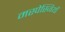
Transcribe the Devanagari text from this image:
मस्पेस्जियाँ